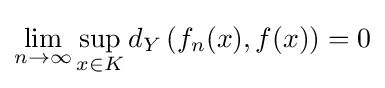
\lim _{n\to \infty }\sup _{x\in K}d_{Y}\left(f_{n}(x),f(x)\right)=0